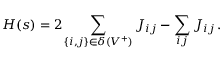
{ \cal H } ( s ) = 2 \sum _ { \{ i , j \} \in \delta ( V ^ { + } ) } J _ { i j } - \sum _ { i j } J _ { i j } \, .